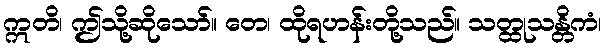
ဣတိ၊ ဤသို့ဆိုသော်။ တေ၊ ထိုရဟန်းတို့သည်။ သတ္ထုသန္တိကံ၊